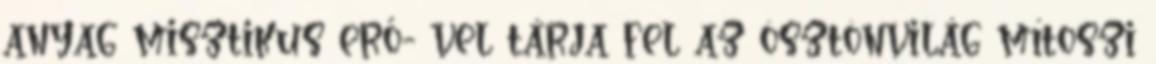
anyag misztikus erő- vel tárja fel az ösztönvilág mítoszi